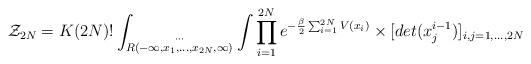
LaTeX: \begin{align*}{\cal Z}_{2N} = K (2N)! \int _{\stackrel{\cdots }{R(-\infty,x_1,\ldots,x_{2N},\infty)}} \int \prod _{i=1}^{2N}e^{-\frac{\beta }{2}\sum _{i=1}^{2N} V(x_i)}\times[det (x_j^{i-1})]_{i,j=1,\ldots ,2N} \end{align*}